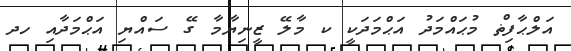
އަލްޙާފިޡް މުޙައްމަދު އަޙްމަދަކީ ކ މާލޭ ޒީނިޔާމާ ގޭ ސައްޔި އަޙްމަދާއި ހދ